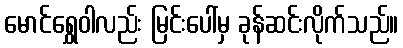
မောင်ရွှေဝါလည်း မြင်းပေါ်မှ ခုန်ဆင်းလိုက်သည်။